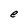
Character: e